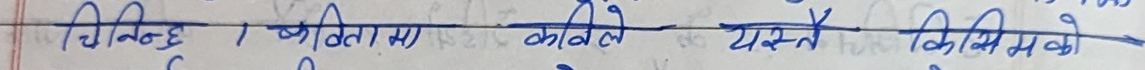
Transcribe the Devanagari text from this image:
चिन्छु, कवितामा काले यस्तै किसिमको